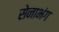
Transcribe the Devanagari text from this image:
सेनाभंग